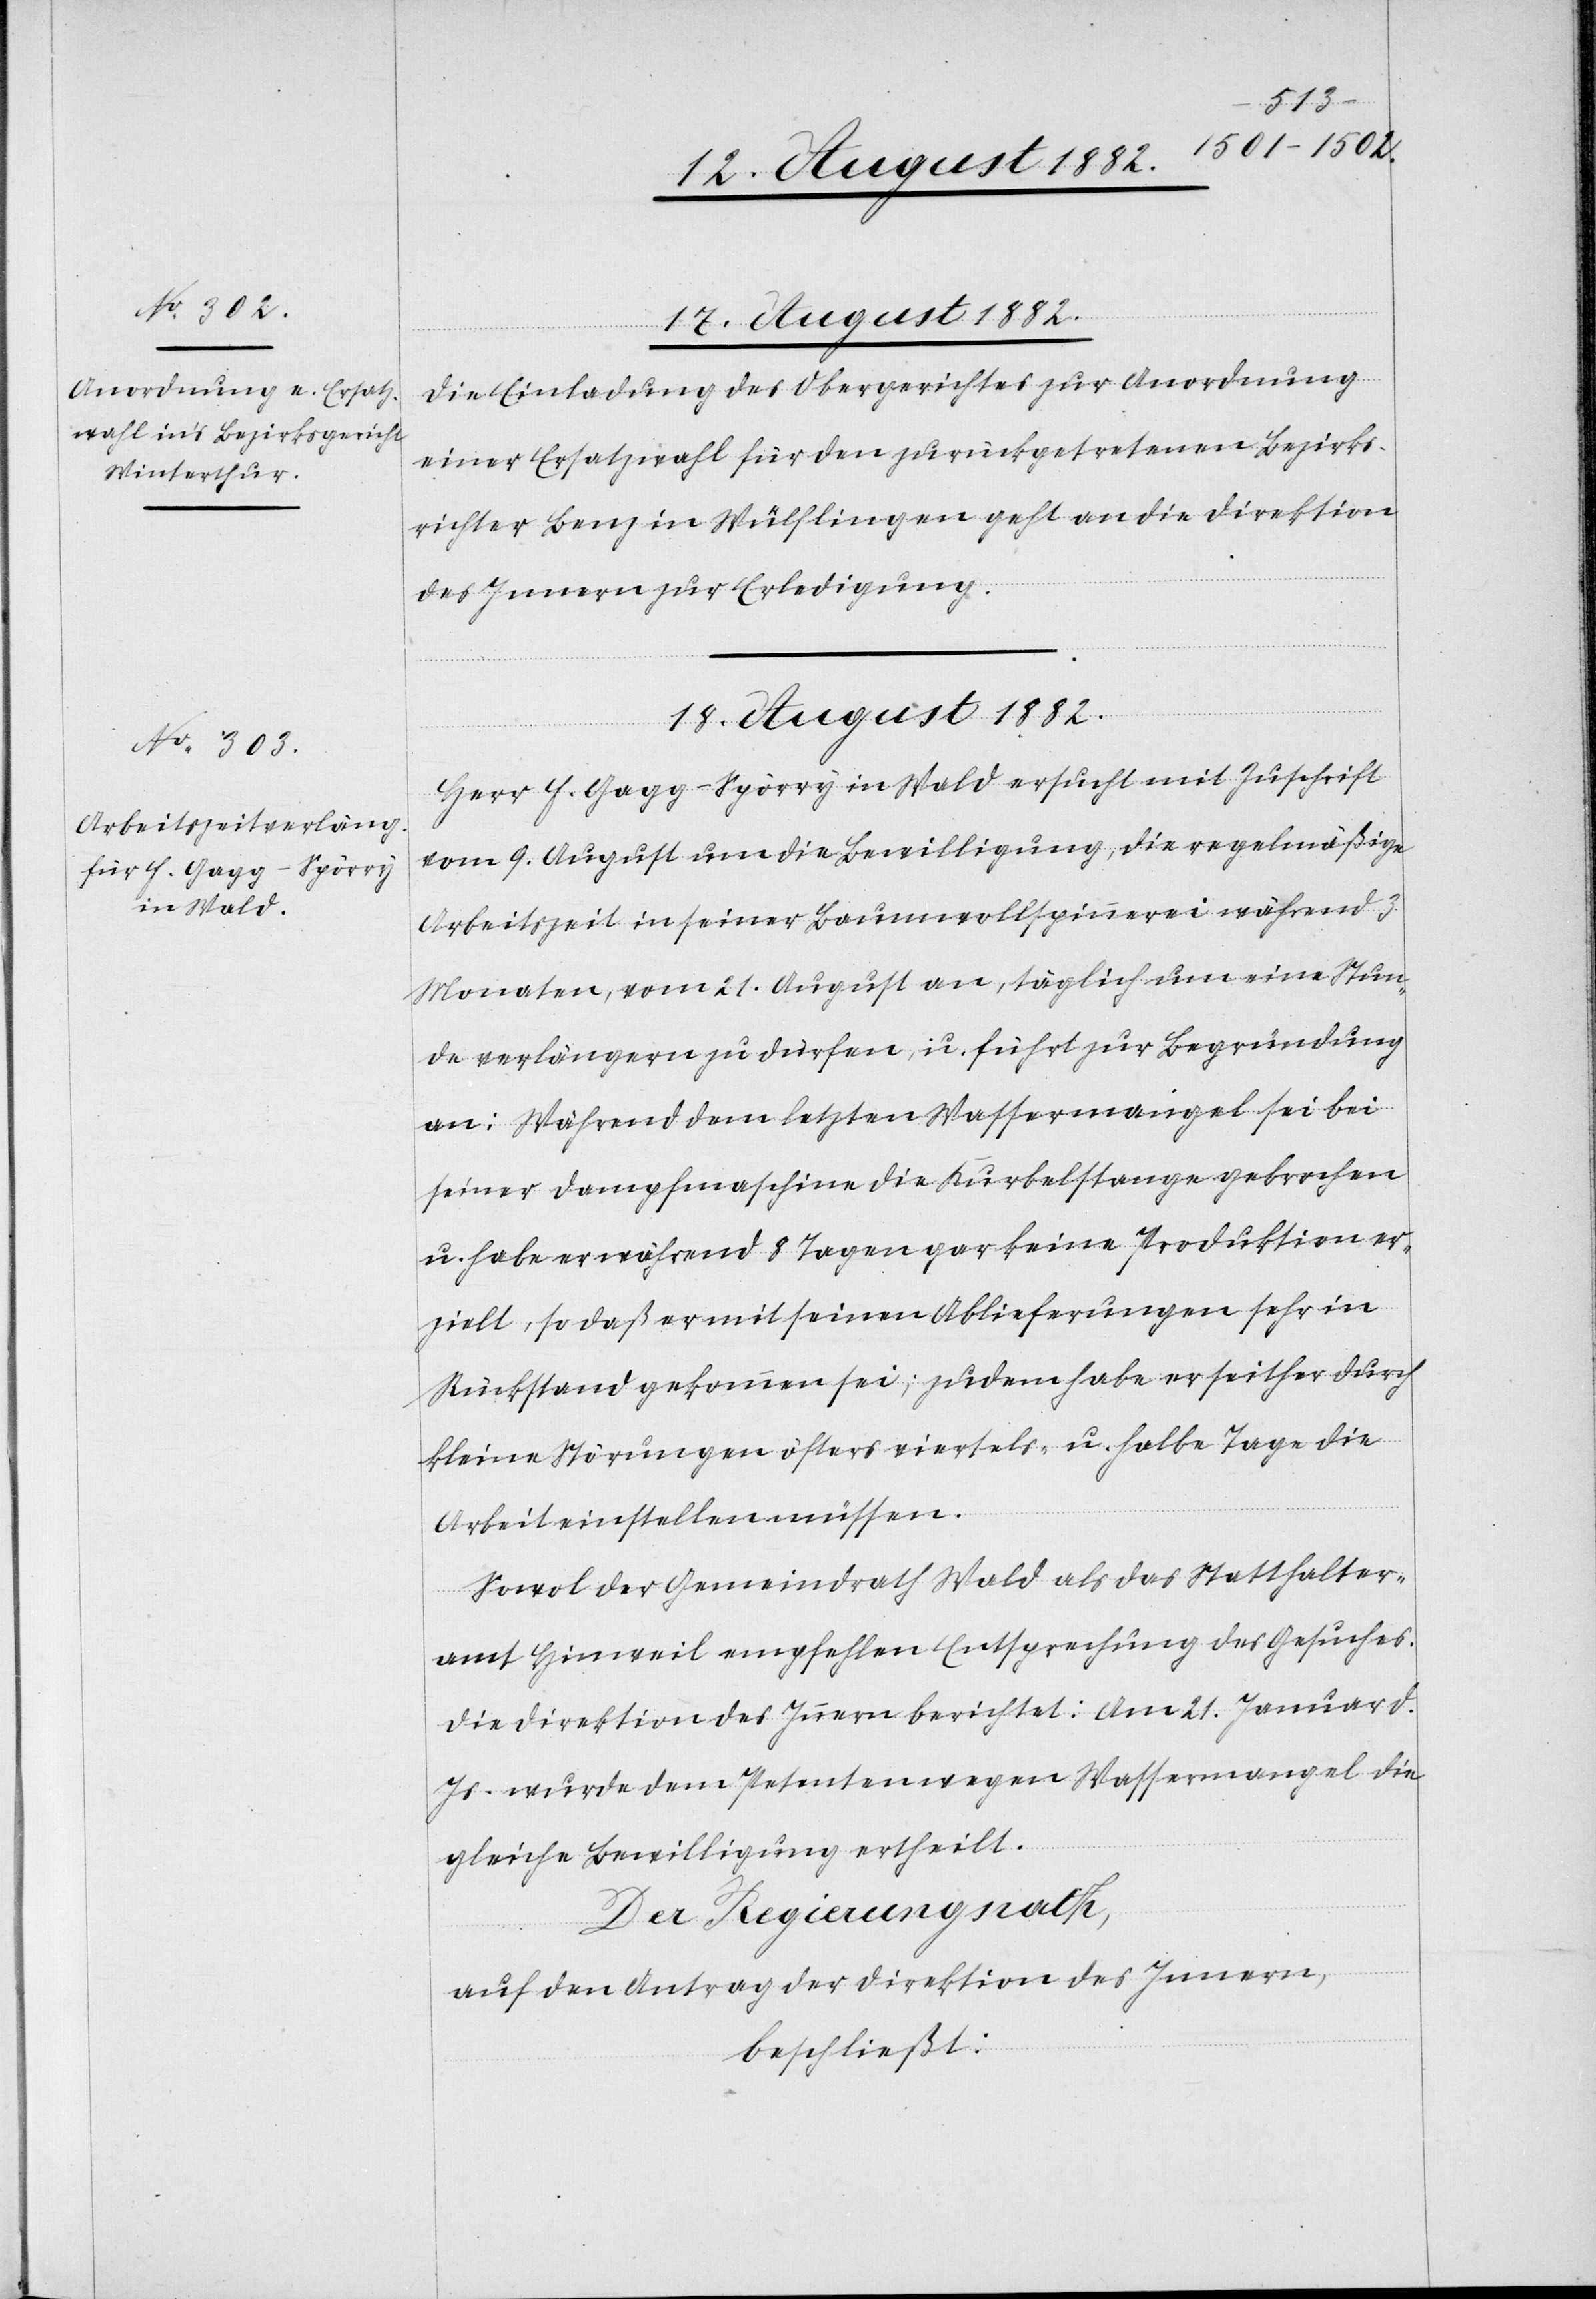
17. August 1882.
Die Einladung des Obergerichtes zur Anordnung
einer Ersatzwahl für den zurückgetretenen Bezirks¬
richter Benz in Wülflingen geht an die Direktion
des Innern zur Erledigung.
18. August 1882.
Herr F. Gagg-Spörry in Wald ersucht mit Zuschrift
vom 9. August um die Bewilligung, die regelmäßige
Arbeitszeit in seiner Baumwollspinnerei während 3
Monaten, vom 21. August an, täglich um eine Stun¬
de verlängern zu dürfen, u. führt zur Begründung
an: Während dem letzten Wassermangel sei bei
seiner Dampfmaschine die Kurbelstange gebrochen
u. habe er während 8 Tagen gar keine Produktion er¬
zielt, so daß er mit seinen Ablieferungen sehr in
Rückstand gekommen sei; zudem habe er seither durch
kleine Störungen öfters viertels- u. halbe Tage die
Arbeit einstellen müssen.
Sowol der Gemeindrath Wald als das Statthalter¬
amt Hinweil empfehlen Entsprechung des Gesuches.
Die Direktion des Innern berichtet: Am 21. Januar d.
Js. wurde dem Petenten wegen Wassermangel die
gleiche Bewilligung ertheilt.
Der Regierungsrath,
auf den Antrag der Direktion des Innern,
beschließt: